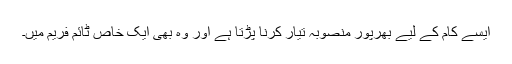
ایسے کام کے لیے بھرپور منصوبہ تیار کرنا پڑتا ہے اور وہ بھی ایک خاص ٹائم فریم میں۔